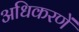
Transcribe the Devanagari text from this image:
अधिकरणें